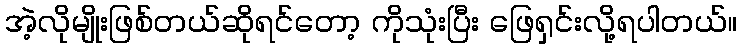
အဲ့လိုမျိုးဖြစ်တယ်ဆိုရင်တော့ ကိုသုံးပြီး ဖြေရှင်းလို့ရပါတယ်။